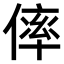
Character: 𠌭